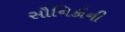
સૌનિકોની